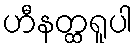
ဟီနတ္ထရူပါ